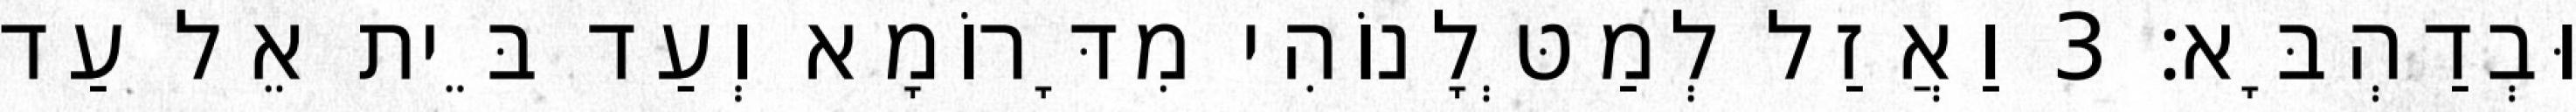
וּבְדַהְבָּא׃ 3 וַאֲזַל לְמַטְּלָנוֹהִי מִדָּרוֹמָא וְעַד בֵּית אֵל עַד